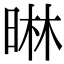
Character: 晽